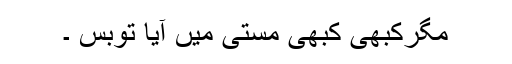
مگرکبھی کبھی مستی میں آیا توبس ۔